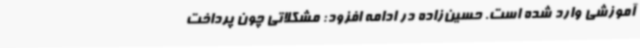
آموزشی وارد شده است. حسین‌زاده در ادامه افزود: مشکلاتی چون پرداخت